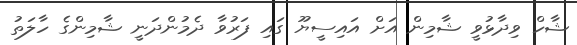
ޝާހް ވިދާޅުވީ ޝާމިން އަށް އައިސީޔޫ ގައި ފަރުވާ ދެމުންދަނީ ޝާމިންގެ ހާލަތު